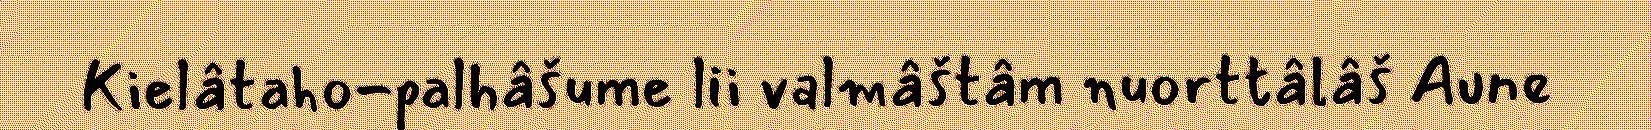
Kielâtaho-palhâšume lii valmâštâm nuorttâlâš Aune